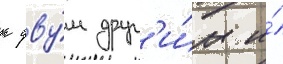
к дву́м друг'и́м и́